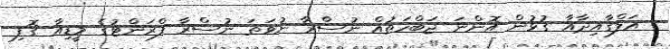
އަލްގާއިދާއާ ގުޅުން އޮންނަ ޖަބްހަތުއް ނުސްރާ ނުވަތަ ނުސްރާ ފްރަންޓުގެ މީޑިއާ ގޮފި